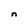
Character: n